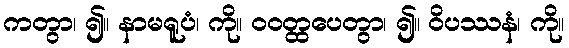
ကတွာ၊ ၍။ နာမရူပံ၊ ကို။ ဝဝတ္ထပေတွာ၊ ၍။ ဝိပဿနံ၊ ကို။